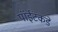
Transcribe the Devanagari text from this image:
पॉईंटकडे